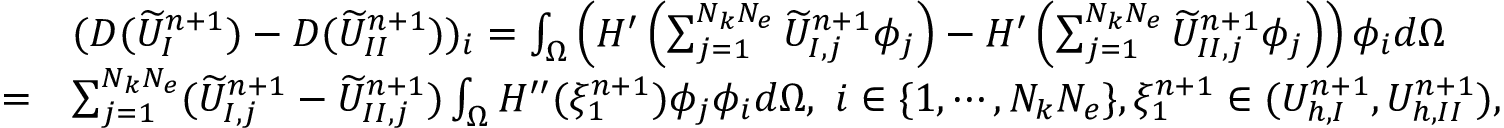
\begin{array} { r l } & { ( D ( \widetilde { U } _ { I } ^ { n + 1 } ) - D ( \widetilde { U } _ { I I } ^ { n + 1 } ) ) _ { i } = \int _ { \Omega } \left( H ^ { \prime } \left( \sum _ { j = 1 } ^ { N _ { k } N _ { e } } \widetilde { U } _ { I , j } ^ { n + 1 } \phi _ { j } \right) - H ^ { \prime } \left( \sum _ { j = 1 } ^ { N _ { k } N _ { e } } \widetilde { U } _ { I I , j } ^ { n + 1 } \phi _ { j } \right) \right) \phi _ { i } d \Omega } \\ { = } & { \sum _ { j = 1 } ^ { N _ { k } N _ { e } } ( \widetilde { U } _ { I , j } ^ { n + 1 } - \widetilde { U } _ { I I , j } ^ { n + 1 } ) \int _ { \Omega } H ^ { \prime \prime } ( \xi _ { 1 } ^ { n + 1 } ) \phi _ { j } \phi _ { i } d \Omega , \ i \in \{ 1 , \cdots , N _ { k } N _ { e } \} , \xi _ { 1 } ^ { n + 1 } \in ( U _ { h , I } ^ { n + 1 } , U _ { h , I I } ^ { n + 1 } ) , } \end{array}